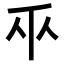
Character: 𫡑